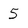
Character: 5